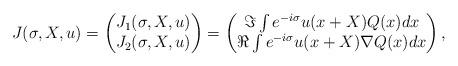
LaTeX: \begin{align*}J(\sigma, X,u) = \left( \begin{matrix}J_1(\sigma, X ,u) \\J_2(\sigma, X, u)\end{matrix} \right)= \left( \begin{matrix}\Im \int e^{-i \sigma} u(x+X) Q(x) dx \\\Re \int e^{-i \sigma} u(x+X) \nabla Q(x) dx\end{matrix} \right),\end{align*}